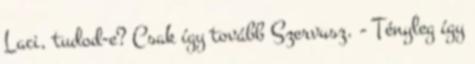
Laci, tudod-e? Csak így tovább Szervusz. - Tényleg így